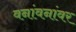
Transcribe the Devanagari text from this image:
वनांवनांवर